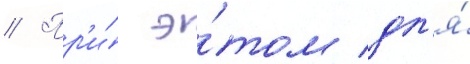
// Пр'и́ э́том дл'я́